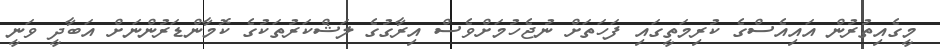
މީގެއިތުރުން އައިއެސްގެ ކުރިމަތީގައި ފަހަތަށް ނުޖެހުމަށްވެސް އިރާގުގެ ލަޝްކަރުތަކުގެ ކޮމާންޑަރުންނަށް އަބާދީ ވަނީ